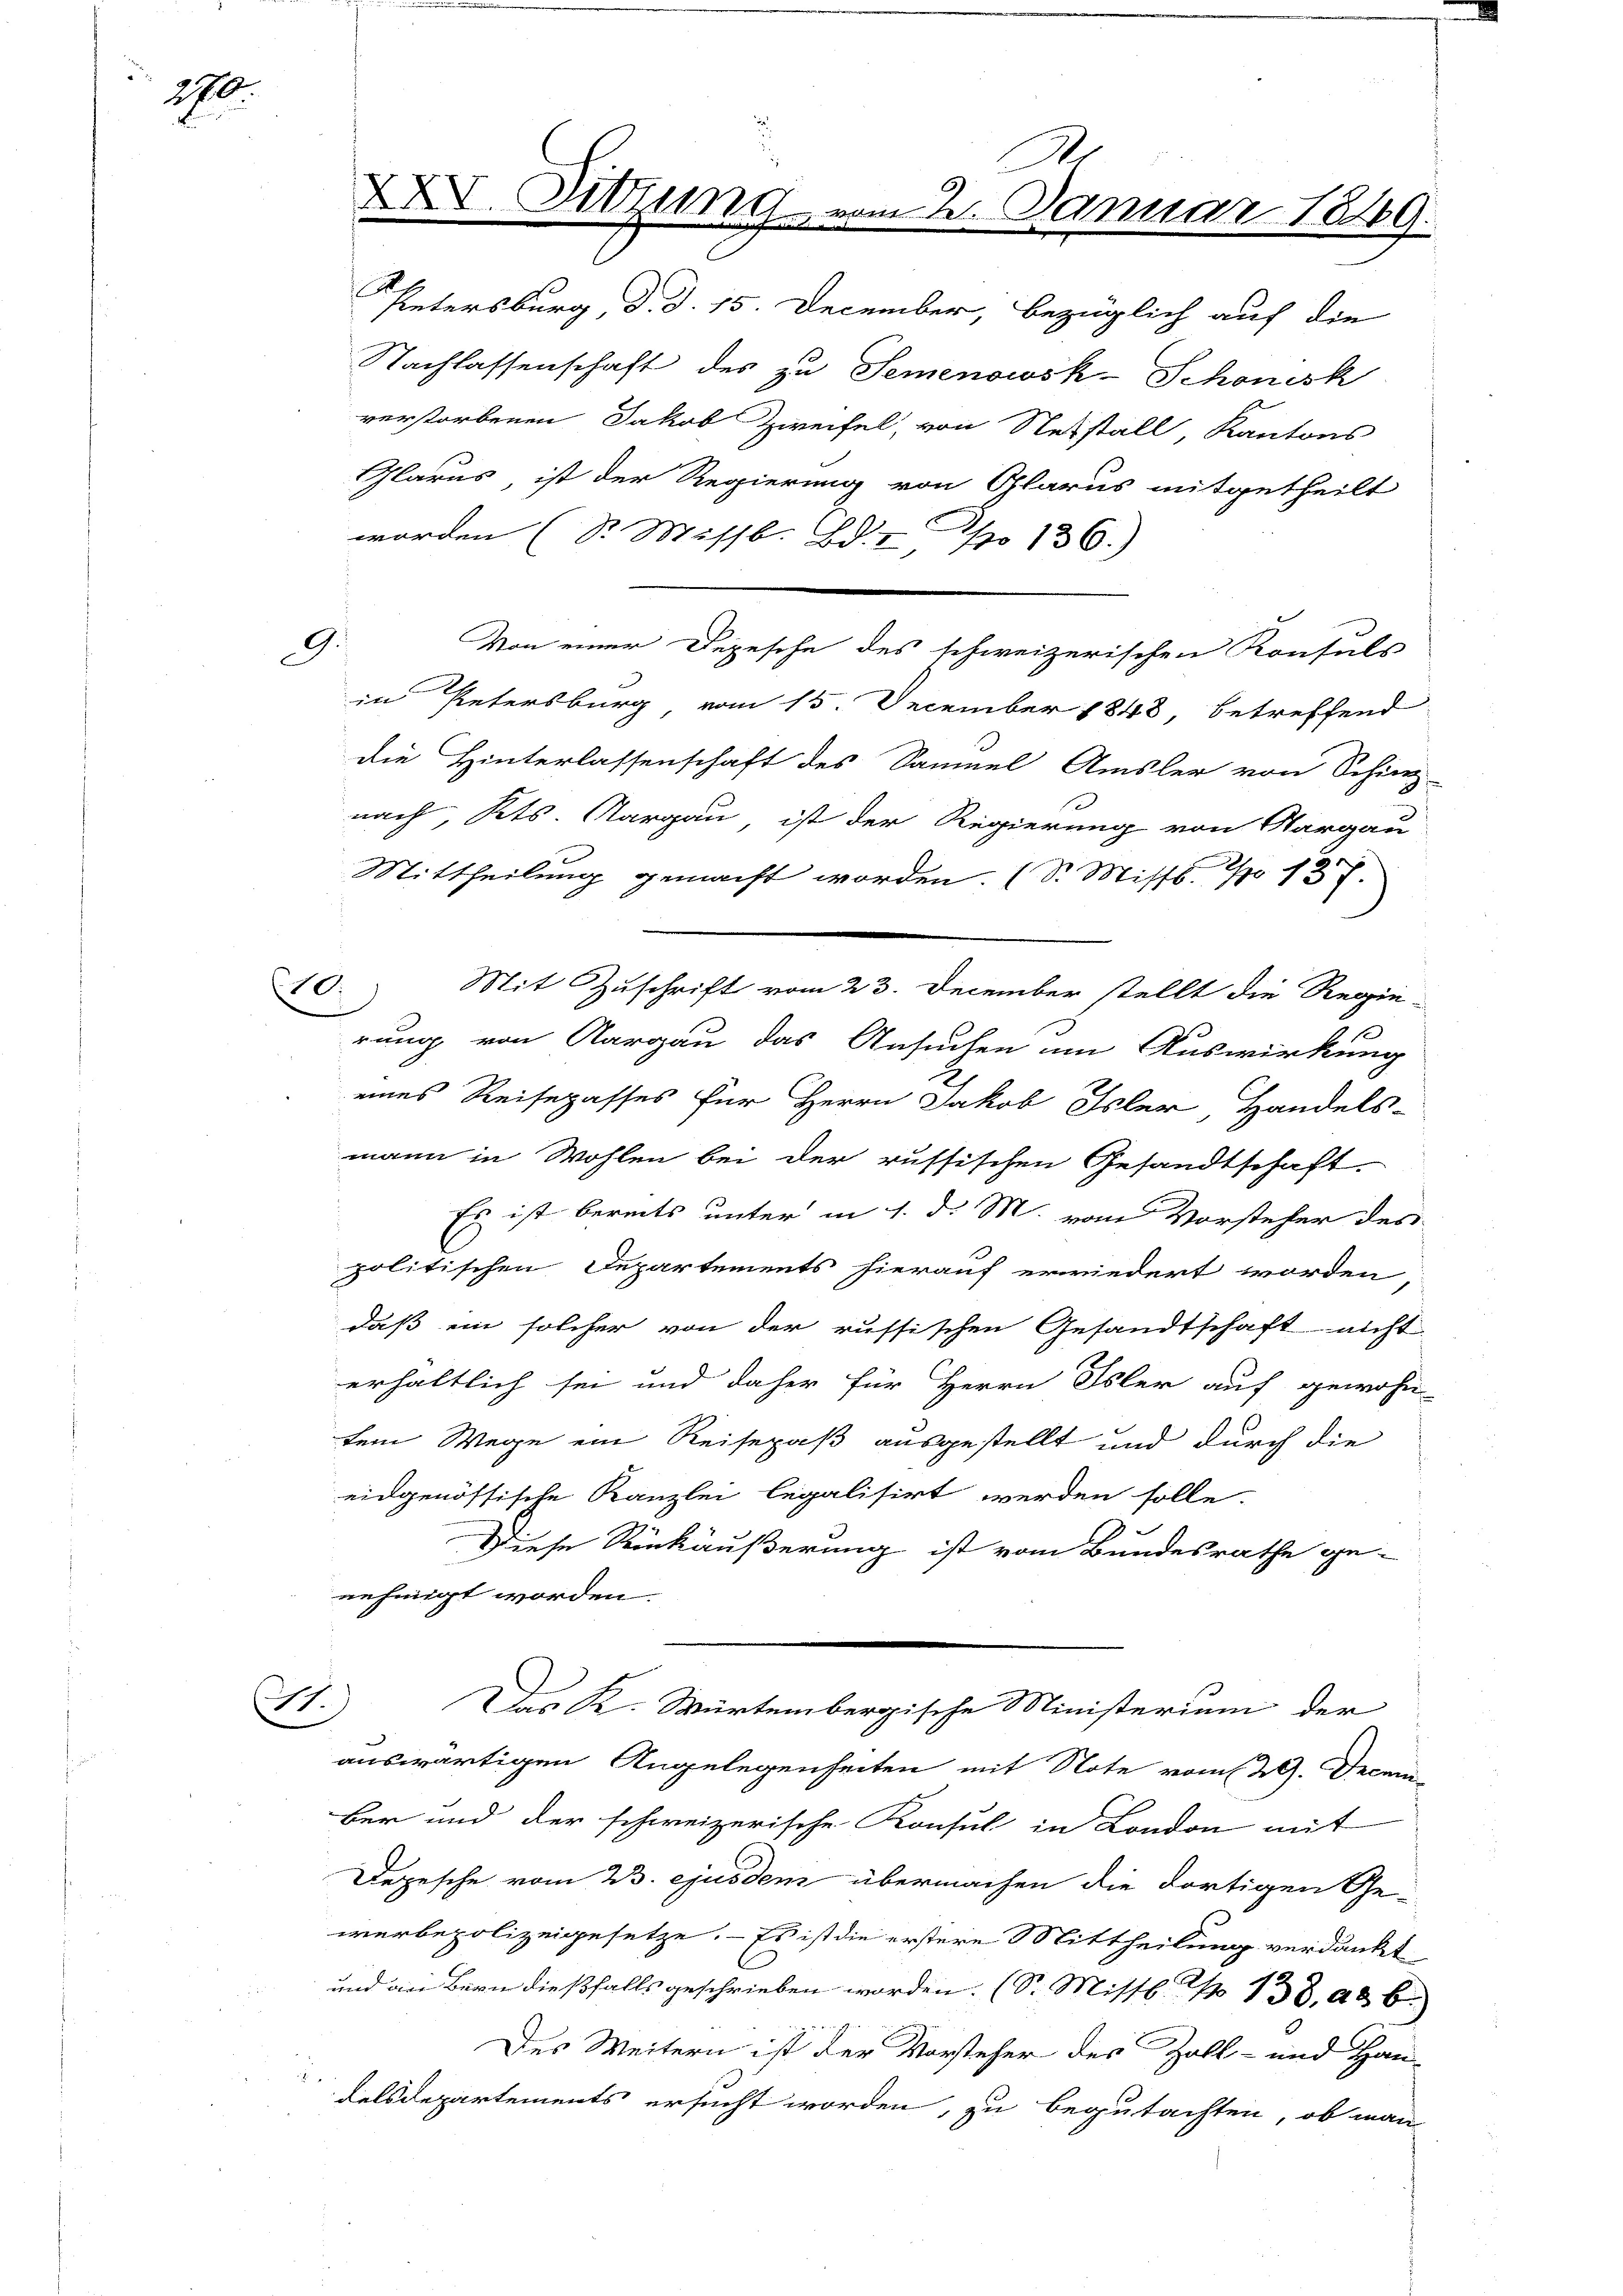
290.

Untersburg d. d. 15. December, bezüglich auf die
Nachlassenschaft des zu Semenowsk-Schönesk
verstorbenen Jakob Zweifel, von Stetstall, Kantons
Glarus, ist der Regierung von Glarus mitgetheilt
worden (S. Missb. Bd. 7. No 136.)
G. Von einer Depesche des schweizerischen Konsuls
in Petersburg vom 15. December 1848 betreffend
die Hinterlassenschaft des Samuel Amsler von Schinz-
nach, Kts. Aargau, ist der Regierung von Aargau
Mittheilung gemacht worden. (S. Missl. No 137.
10. Mit Zuschrift vom 23. December stellt die Regie-
3
1
rung von Aargau das Ansuchen im Auswirkung
eines Reisepasses für Herrn Jakob Isler, Handels-
mann in Wohlen bei der russischen Gesandtschaft
Es ist bereits unter in 1. d. M. vom Vorsteher des
politischen Departements hierauf erwiedert worden,
daß ein solcher von der russischen Gesandtschaft nicht
erhältlich sei und daher für Herrn Isler auf gewohn-
tem Wege ein Reisepaß ausgestellt und durch die
eidgenössische Kanzlei legalisirt werden solle.
Diese Rückäußerung ist vom Bundesrathe ge-
nehmigt worden.
24.
Das K. Würtembergische Ministerium der
auswärtigen Angelegenheiten mit Note vom 29. Decan-
Ber und der schweizerische Konsul in London mit
Depesche vom 23. ejusdem übermachen die dortigen Ge-
werbepolizeigesetze. - Es ist die erstere Mittheilung verdankt
und an Bern dießfalls geschrieben worden. (S. Missl. No 138. 486.
d
Des Weitern ist der Vorsteher des Zoll- und Han-
Felsdepartements ersucht worden, zu begutachten, ob man

XXV. Sitzum
 g   |

s

vom 2. Januar 1849